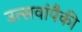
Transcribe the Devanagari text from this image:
उत्सवांपैकी